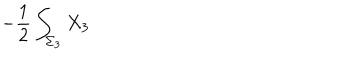
- { \frac { 1 } { 2 } } \int _ { \Sigma _ { 3 } } X _ { 3 }